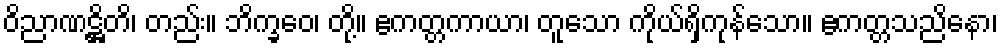
ဝိညာဏဋ္ဌိတိ၊ တည်း။ ဘိက္ခဝေ၊ တို့။ ဧကတ္တကာယာ၊ တူသော ကိုယ်ရှိကုန်သော။ ဧကတ္တသညိနော၊